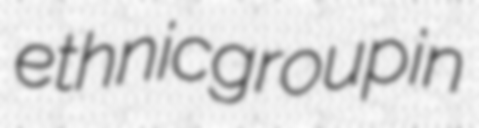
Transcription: ethnic group in